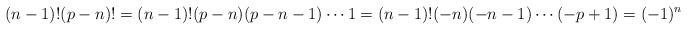
LaTeX: \begin{align*}(n-1)! (p - n)! = (n-1)! (p - n)(p - n - 1) \cdots 1 = (n-1)! (-n)(-n - 1) \cdots (-p+1) = (-1)^{n}\end{align*}